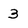
Character: 3